Civil Veterinary Dept. North-West Frontier Province 1933-46 - 1933-1946
Year: 1933
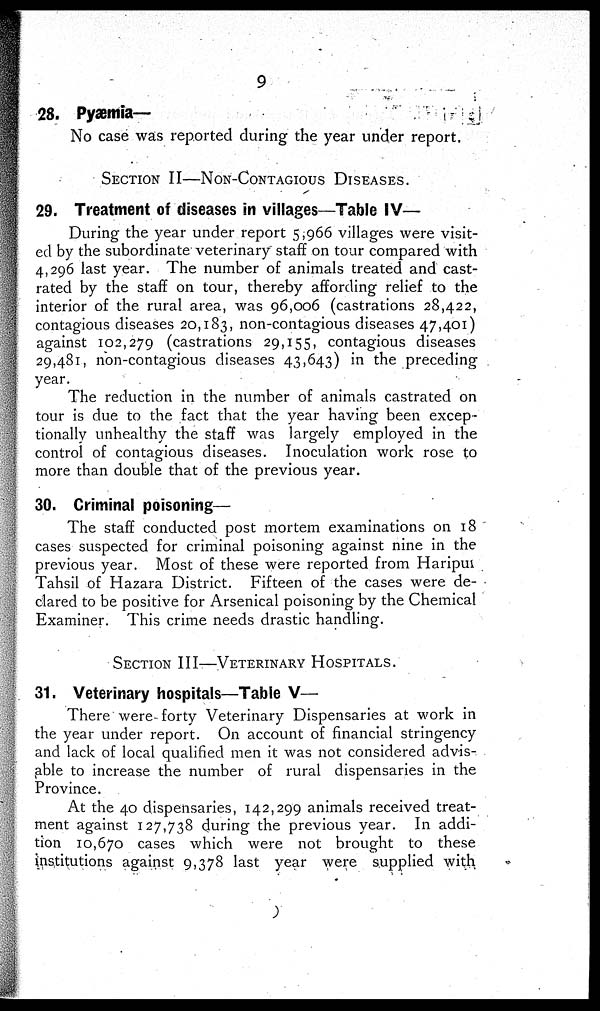
9
28. Pyæmia—
No case was reported during the year under report.
SECTION II—NON-CONTAGIOUS DISEASES.
29. Treatment of diseases in villages—Table IV—
During the year under report 5,966 villages were visit-
ed by the subordinate veterinary staff on tour compared with
4,296 last year. The number of animals treated and cast-
rated by the staff on tour, thereby affording relief to the
interior of the rural area, was 96,006 (castrations 28,422,
contagious diseases 20,183, non-contagious diseases 47,401)
against 102,279 (castrations 29,155, contagious diseases
29,481, non-contagious diseases 43,643) in the preceding
year.
The reduction in the number of animals castrated on
tour is due to the fact that the year having been excep-
tionally unhealthy the staff was largely employed in the
control of contagious diseases. Inoculation work rose to
more than double that of the previous year.
30. Criminal poisoning—
The staff conducted post mortem examinations on 18
cases suspected for criminal poisoning against nine in the
previous year. Most of these were reported from Haripur
Tahsil of Hazara District. Fifteen of the cases were de-
clared to be positive for Arsenical poisoning by the Chemical
Examiner. This crime needs drastic handling.
SECTION III—VETERINARY HOSPITALS.
31. Veterinary hospitals—Table V—
There were forty Veterinary Dispensaries at work in
the year under report. On account of financial stringency
and lack of local qualified men it was not considered advis-
able to increase the number of rural dispensaries in the
Province.
At the 40 dispensaries, 142,299 animals received treat-
ment against 127,738 during the previous year. In addi-
tion 10,670 cases which were not brought to these
institutions against 9,378 last year were supplied with